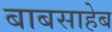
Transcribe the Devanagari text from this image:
बाबसाहेब